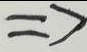
\Rightarrow